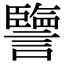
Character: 譼